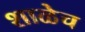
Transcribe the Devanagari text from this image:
शाळेच